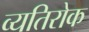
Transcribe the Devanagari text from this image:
व्यतिरोक